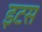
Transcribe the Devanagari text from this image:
इटस